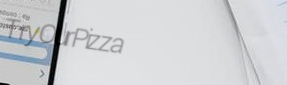
TryOurPizza